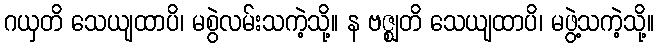
ဂယှတိ သေယျထာပိ၊ မစွဲလမ်းသကဲ့သို့။ န ဗဇ္ဈတိ သေယျထာပိ၊ မဖွဲ့သကဲ့သို့။